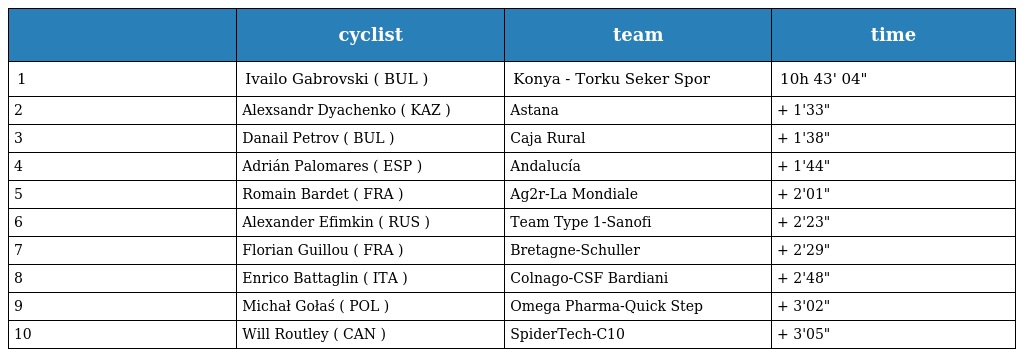
|  | cyclist | team | time |
 | --- | --- | --- | --- |
 | 1 | Ivailo Gabrovski ( BUL ) | Konya - Torku Seker Spor | 10h 43' 04" |
 | 2 | Alexsandr Dyachenko ( KAZ ) | Astana | + 1'33" |
 | 3 | Danail Petrov ( BUL ) | Caja Rural | + 1'38" |
 | 4 | Adrián Palomares ( ESP ) | Andalucía | + 1'44" |
 | 5 | Romain Bardet ( FRA ) | Ag2r-La Mondiale | + 2'01" |
 | 6 | Alexander Efimkin ( RUS ) | Team Type 1-Sanofi | + 2'23" |
 | 7 | Florian Guillou ( FRA ) | Bretagne-Schuller | + 2'29" |
 | 8 | Enrico Battaglin ( ITA ) | Colnago-CSF Bardiani | + 2'48" |
 | 9 | Michał Gołaś ( POL ) | Omega Pharma-Quick Step | + 3'02" |
 | 10 | Will Routley ( CAN ) | SpiderTech-C10 | + 3'05" |